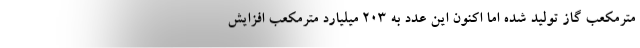
مترمکعب گاز تولید شده اما اکنون این عدد به ۲۰۳ میلیارد مترمکعب افزایش